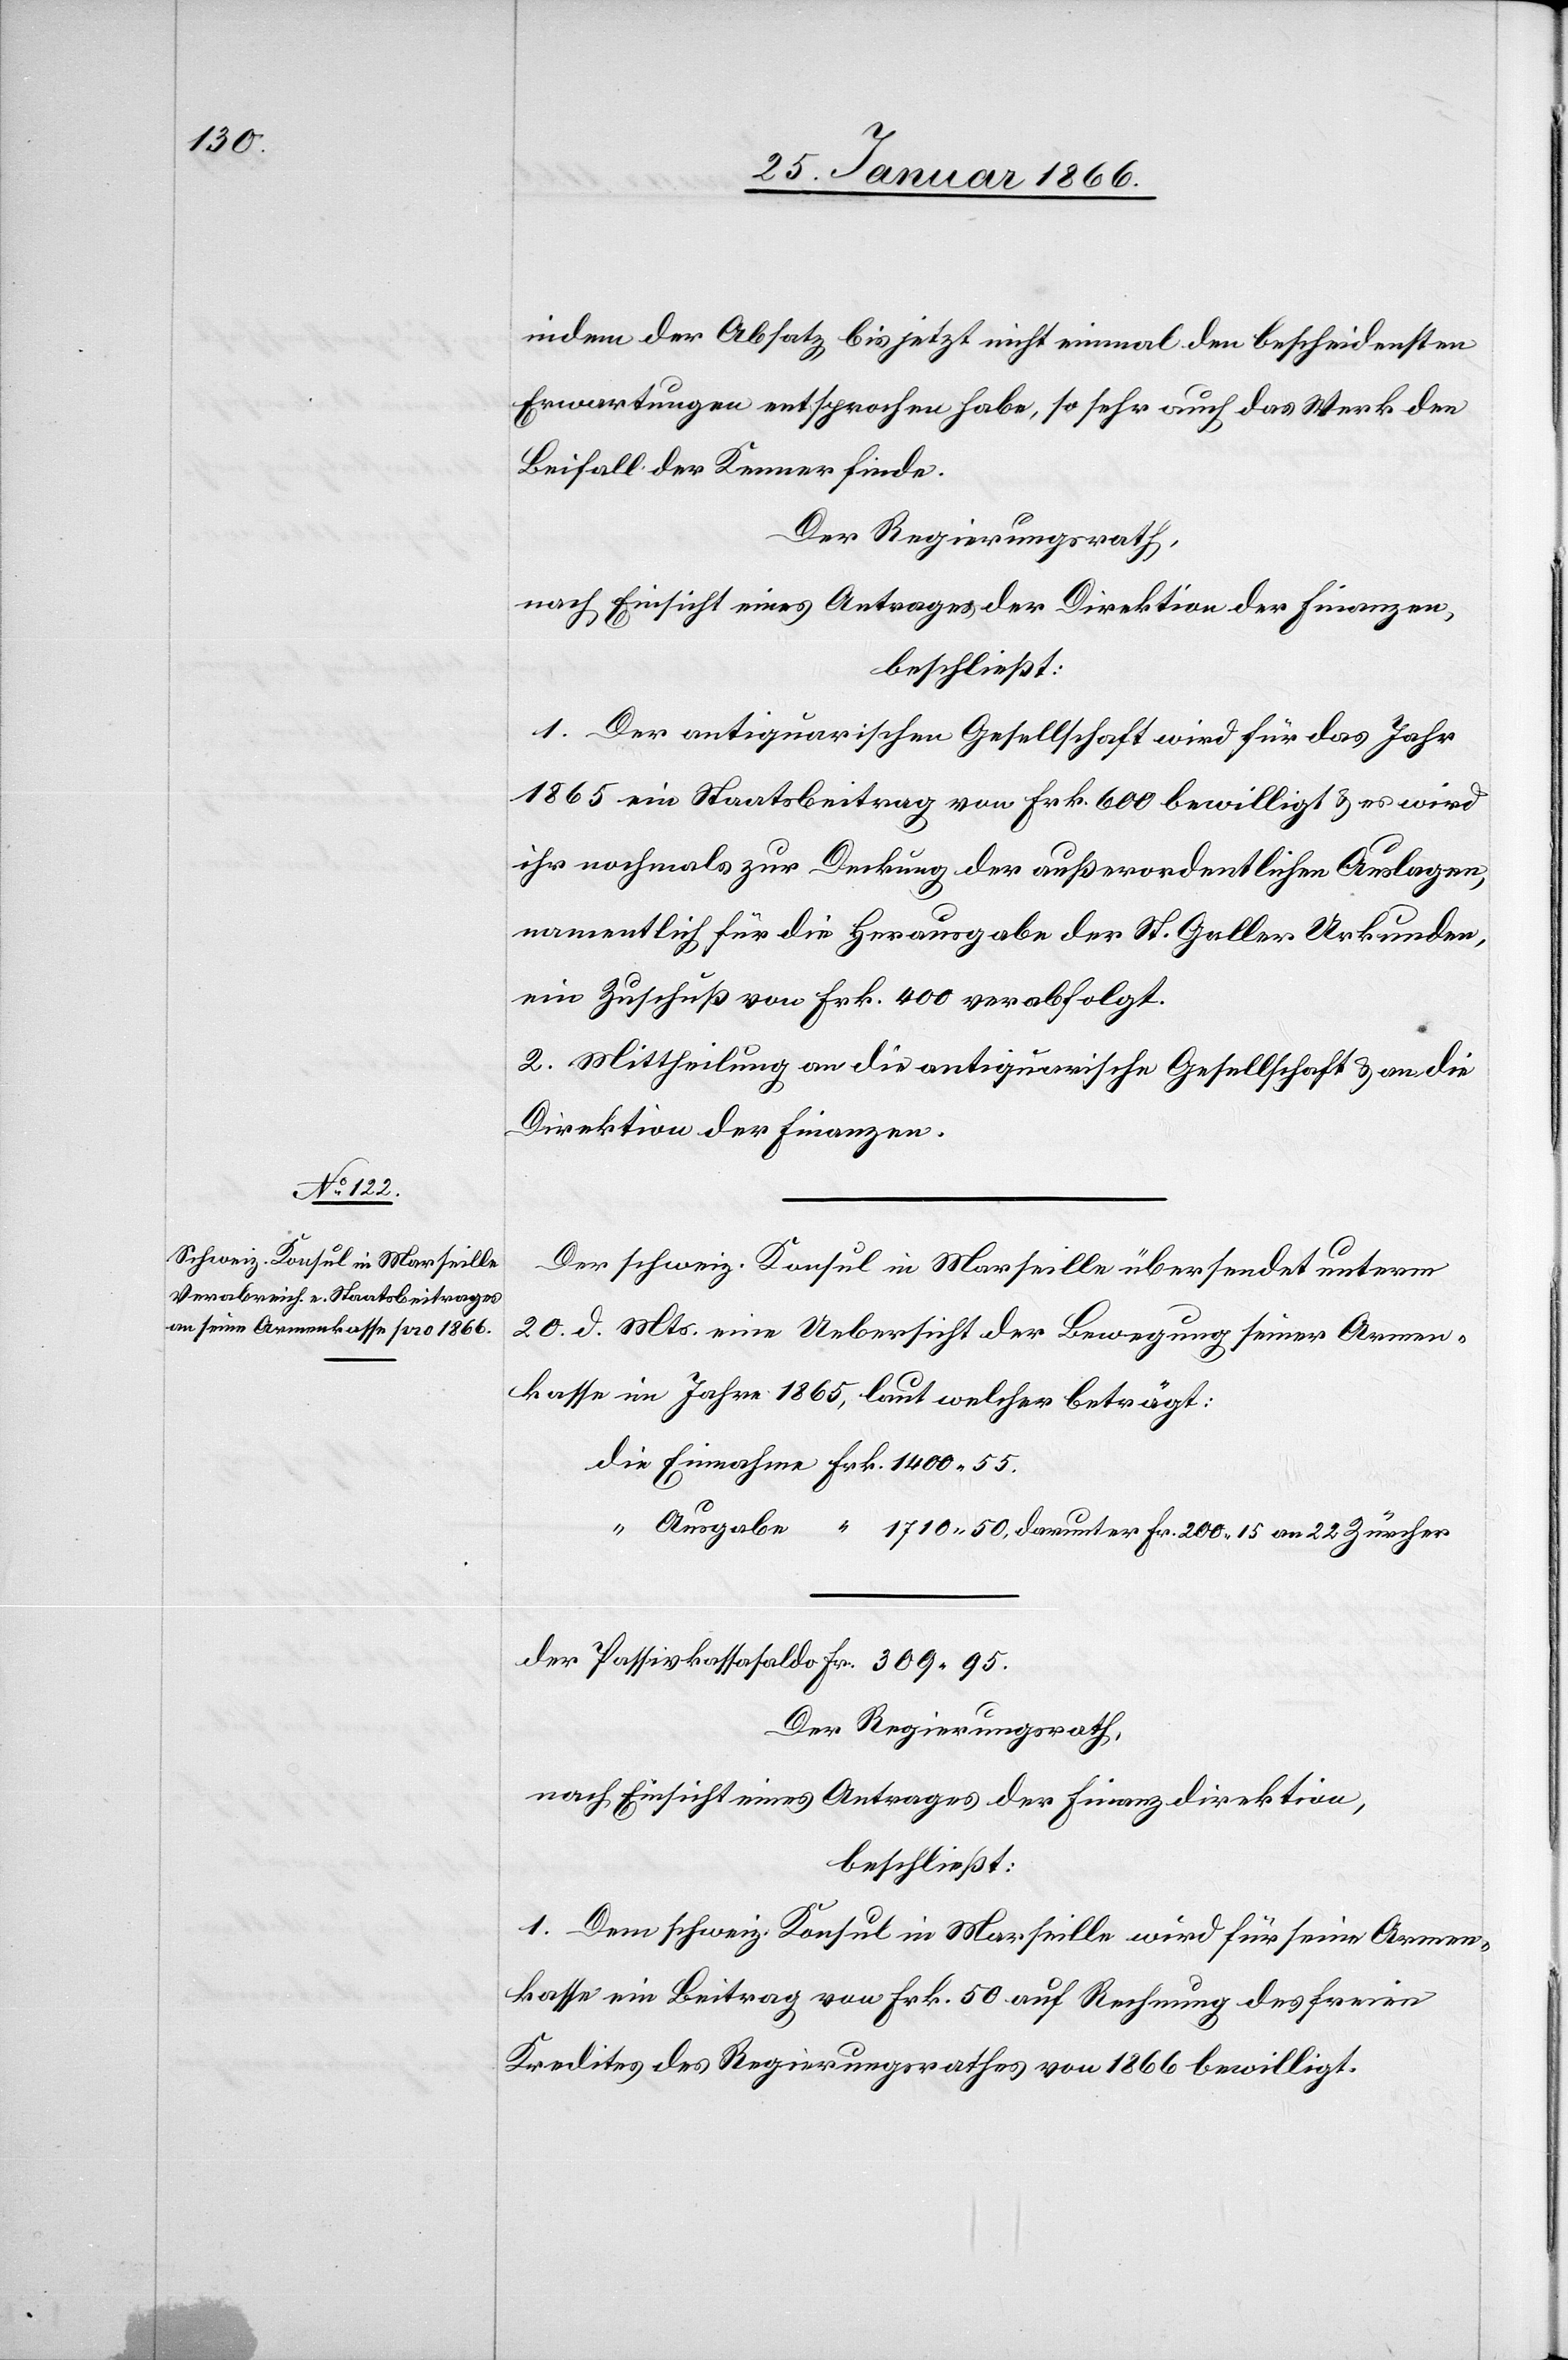
indem der Absatz bis jetzt nicht einmal den bescheidensten
Erwartungen entsprochen habe, so sehr auch das Werk den
Beifall der Kenner finde.
Der Regierungsrath,
nach Einsicht eines Antrages der Direktion der Finanzen,
beschließt:
1. Der antiquarischen Gesellschaft wird für das Jahr
1865 ein Staatsbeitrag von Frk. 600 bewilligt u. es wird
ihr nochmals zur Deckung der außerordentlichen Auslagen,
namentlich für die Herausgabe der St. Galler Urkunden,
ein Zuschuß von Frk. 400 verabfolgt.
2. Mittheilung an die antiquarische Gesellschaft u. an die
Direktion der Finanzen.
Der schweiz. Konsul in Marseille übersendet unterm
20. d. Mts. eine Uebersicht der Bewegung seiner Armen¬
kasse im Jahre 1865, laut welcher beträgt:
die Einnahmen Frk. 1400,55.
“ Ausgabe “ 1710,50, darunter Fr. 200.15 an 22 Zürcher
der Passivkassasaldo Fr. 309,95.
Der Regierungsrath,
nach Einsicht eines Antrages der Finanzdirektion,
beschließt:
1. Dem schweiz. Konsul in Marseille wird für seine Armen¬
kasse ein Beitrag von Frk. 50 auf Rechnung des freien
Kredits des Regierungsrathes von 1866 bewilligt.